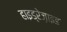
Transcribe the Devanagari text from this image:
हाइड्रेज़ाइड